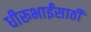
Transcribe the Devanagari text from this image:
धीरूभाईंसाठी